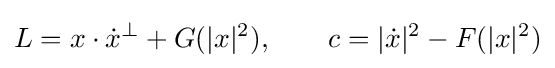
L=x\cdot {\dot {x}}^{\perp }+G(|x|^{2}),\qquad c=|{\dot {x}}|^{2}-F(|x|^{2})